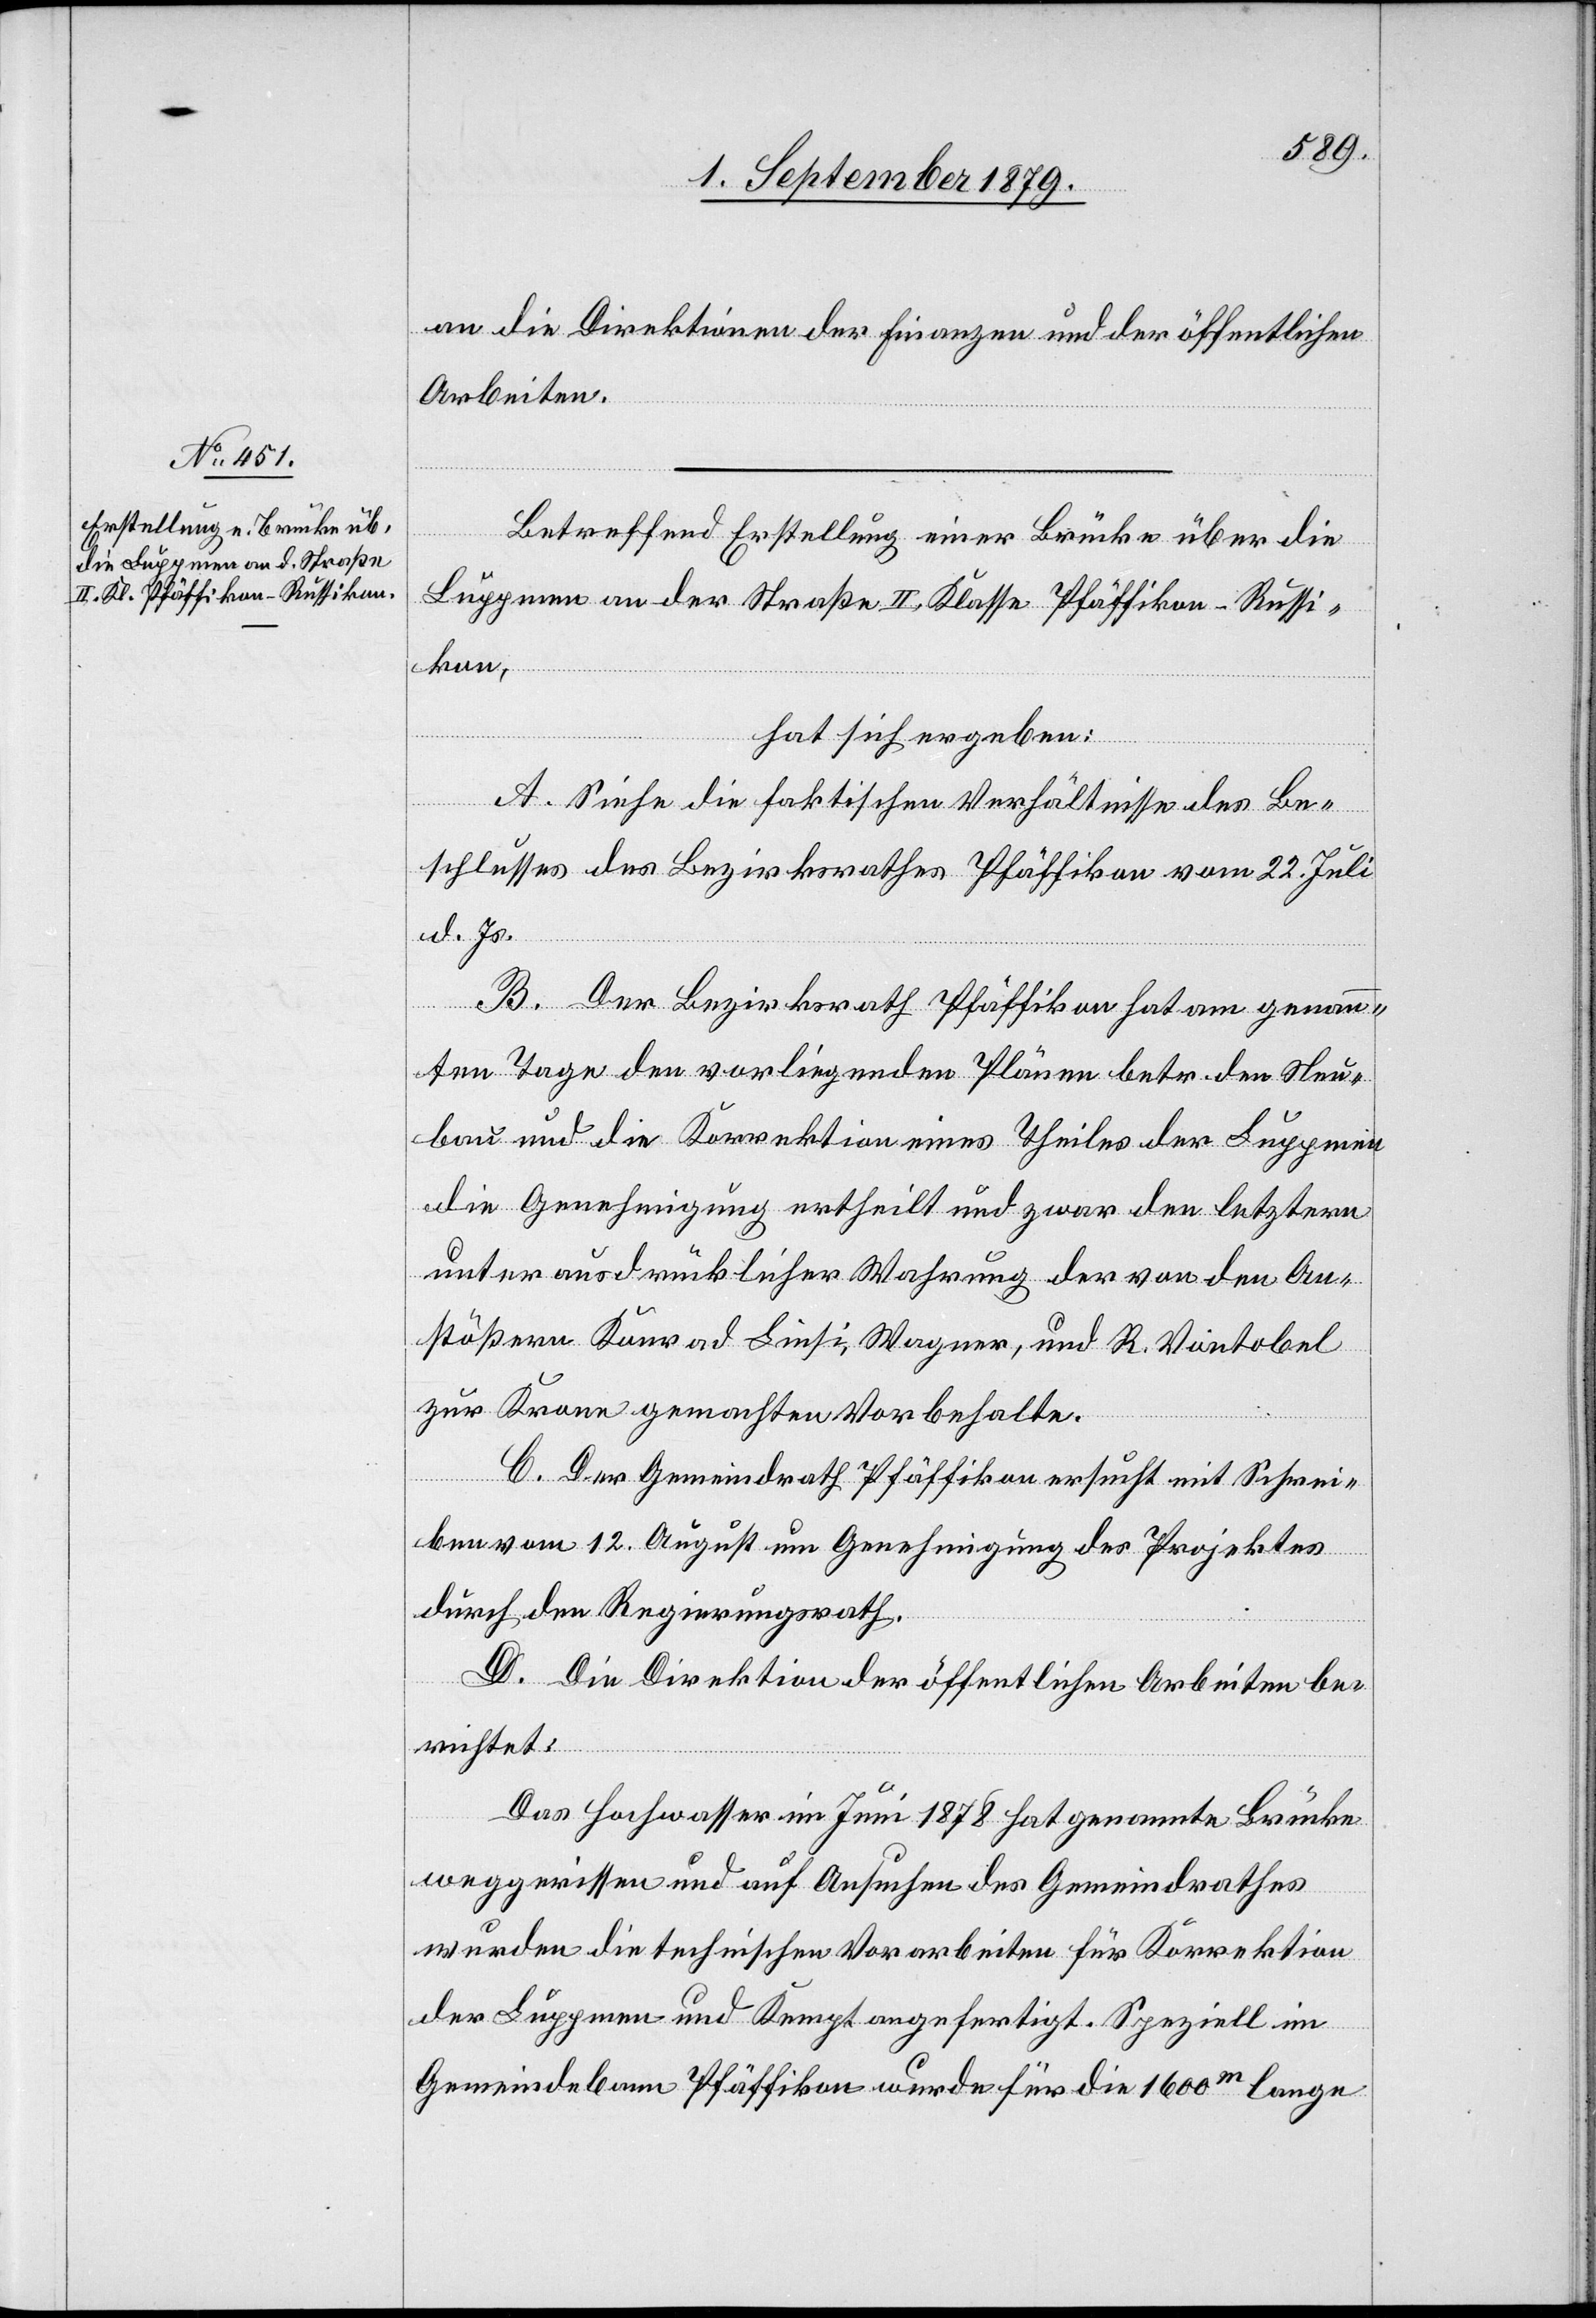
an die Direktionen der Finanzen und der öffentlichen
Arbeiten.
Betreffend Erstellung einer Brücke über die
Luppmen an der Straße II. Klasse Pfäffikon–Russi¬
kon,
hat sich ergeben:
A. Siehe die faktischen Verhältnisse des Be¬
schlusses des Bezirksrathes Pfäffikon vom 22. Juli
d. Js.
B. Der Bezirksrath Pfäffikon hat am genann¬
ten Tage den vorliegenden Plänen betr. den Neu¬
bau und die Korrektion eines Theiles der Luppmen
die Genehmigung ertheilt und zwar den letztern
unter ausdrücklicher Wahrung der von den An¬
stößern Konrad Liesi, Wagner, und R. Vontobel
zur Krone gemachten Vorbehalte.
C. Der Gemeindrath Pfäffikon ersucht mit Schrei¬
ben vom 12. August um Genehmigung des Projektes
durch den Regierungsrath.
D. Die Direktion der öffentlichen Arbeiten be¬
richtet:
Das Hochwasser im Juni 1878 hat genannte Brücke
weggerissen und auf Ansuchen des Gemeindrathes
wurden die technischen Vorarbeiten für Korrektion
des Luppmen und Kempt angefertigt. Speziell im
Gemeindebann Pfäffikon wurde für die 1600m lange